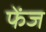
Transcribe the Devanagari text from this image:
फेंज